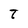
Character: t